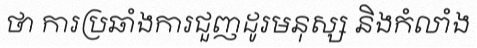
ថា ការប្រឆាំងការជួញដូរមនុស្ស និងកំលាំង